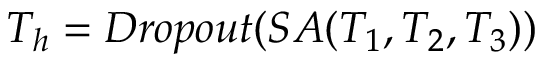
T _ { h } = D r o p o u t ( S A ( T _ { 1 } , T _ { 2 } , T _ { 3 } ) )